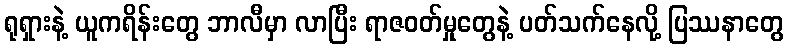
ရုရှားနဲ့ ယူကရိန်းတွေ ဘာလီမှာ လာပြီး ရာဇဝတ်မှုတွေနဲ့ ပတ်သက်နေလို့ ပြဿနာတွေ